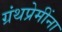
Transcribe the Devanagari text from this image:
ग्रंथप्रेमींना